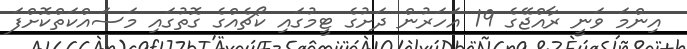
އިންމަ ވަނީ ރާއްޖޭގެ 19 އަހަރުން ދަށުގެ ޓީމުގައި ކޯޗެއްގެ ގޮތުގައި މަސައްކަތްކޮށްފަ